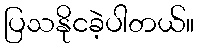
ပြသနိုငခဲ့ပါတယ်။